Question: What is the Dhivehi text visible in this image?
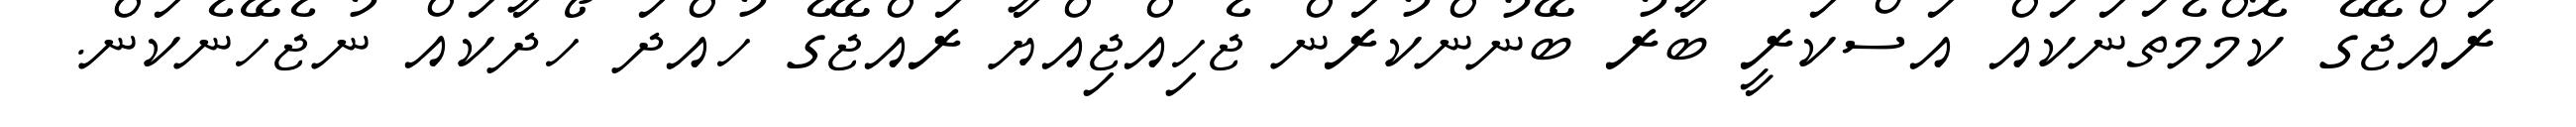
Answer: ރައްޖޭގެ ކޮމްމެތަނަކައް އަސްކަރީ ބާރު ބޭނުންކުރަން ޖެހިއްޖިއްޔާ ރައްޖޭގެ ހުއްދަ ހޯދާކައް ނުޖެހޭނެކަން.